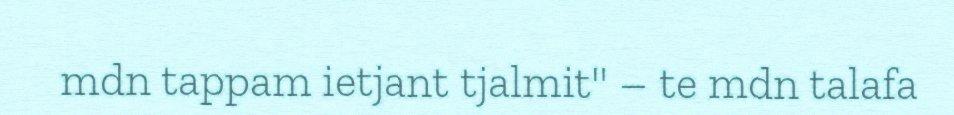
mdn tappam ietjant tjalmit" – te mdn talafa